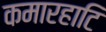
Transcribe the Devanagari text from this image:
कमारहाटि